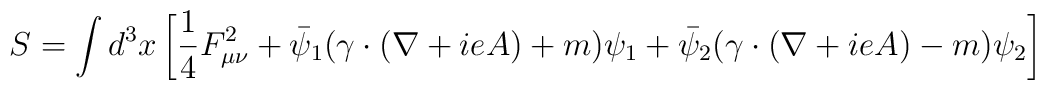
S=\int d^3x\left[\frac{1}{4}F_{\mu\nu}^2+\bar\psi_1(\gamma\cdot(\nabla+ieA)+m)\psi_1+\bar\psi_2(\gamma\cdot(\nabla+ieA)-m)\psi_2\right]